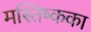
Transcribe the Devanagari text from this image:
मस्तिष्कका